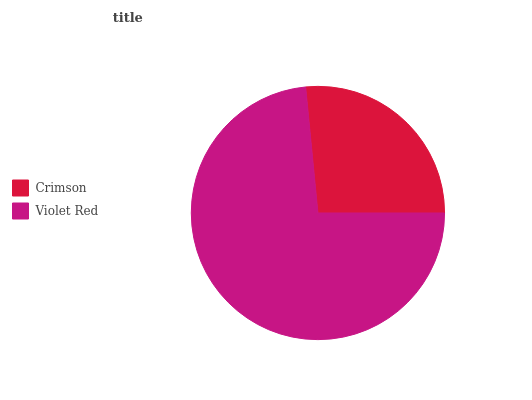
| Crimson | Violet Red |
 | --- | --- |
 | 26.6% | 73.4% |